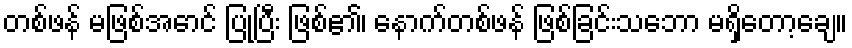
တစ်ဖန် မဖြစ်အောင် ပြုပြီး ဖြစ်၏၊ နောက်တစ်ဖန် ဖြစ်ခြင်းသဘော မရှိတော့ချေ။